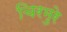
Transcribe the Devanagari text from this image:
चिरमुरे